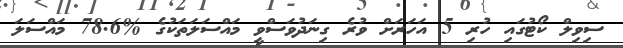
ސިވިލް ކޯޓުގައި ހުރި 5 އަހަރަށް ވުރެ ގިނަދުވަސްވީ މައްސަލަތަކުގެ %78.6 މައްސަލަ